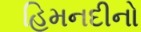
હિમનદીનો